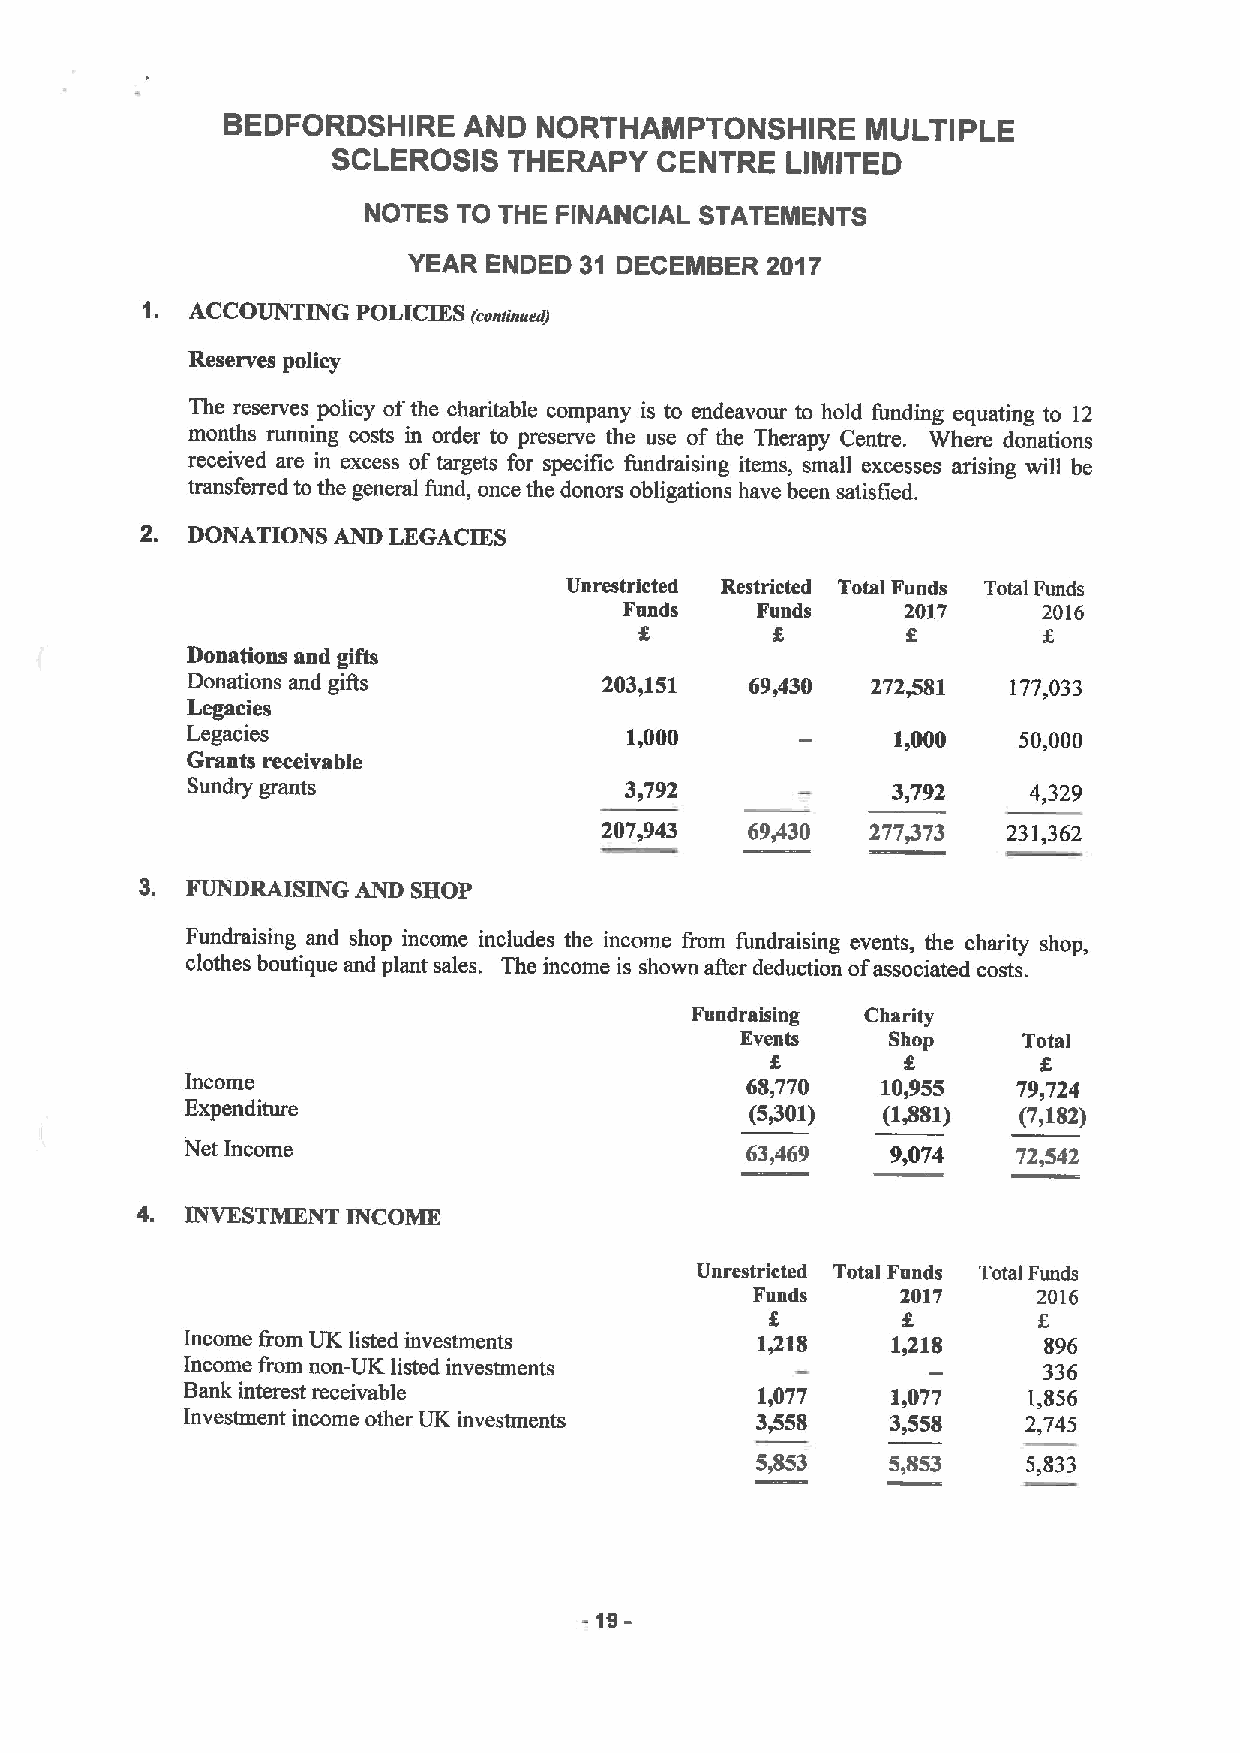
BEDFORDSHIRE    AND  NORTHAMPTONSHIRE     MULTIPLE
 SCLEROSIS   THERAPY  CENTRE   LIMITED
 NOTES TO THE FINANCIAL STATEMENTS
 YEAR ENDED 31 DECEMBER  2017
 1.  ACCOUNTING POLICIES
 (cosasuedJ
 Reserves policy
 The reserves policy ofthe charitable company is to endeavour to hold funding equating to 12
 months running costs in order to preserve the use of the Therapy Centre. Where donations
 received are in excess of targets for specific fundraising items, small excesses arising will be
 transferred to the general fund, once the donors obligations have been satisfied.
 2. DONATIONS AND LEGACIES
 Unrestricted Restricted Total Funds Total Funds
 Funds    Funds     2017     2016
 g        g
 Donations and gifts
 Donations and gills         203,151   69,430  272,581  177,033
 Legacies
 Legacies                      1,000            1,000   50,000
 Grants receivable
 Sundry grants                3,792             3,792    4,329
 207,943   69,430  277873   231,362
 3. FUNDRAI SING AND SHOP
 Fundraising and shop income includes the income from fundraising events, the charity shop,
 clothes boutique and plant sales. The income is shown after deduction ofassociated costs.
 Fundraising Charity
 Events    Shop     Total
 g
 Income                               68,770   10,955   79,724
 Expenditure                           (5401)  (1,881)  (7,182)
 Net Income                           63,469    9,074   72,542
 4. INVESTMENT INCOME
 Unrestricted Total Funds Total Funds
 Funds     2017     2016
 Income from UK listed investments     1/18     1,218     896
 Income from non-UK listed investments                    336
 Bank interest receivable              1,077    1,077    1,856
 Investment income other UK investments 3,558   3,558    2,745
 5,853    5,853    5,833